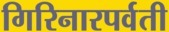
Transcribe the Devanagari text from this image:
गिरिनारपर्वती